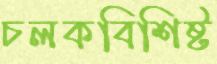
চলকবিশিষ্ট